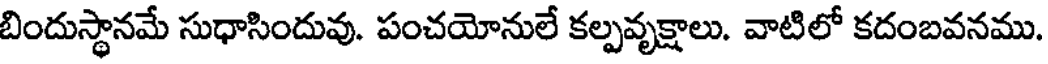
బిందుస్థానమే సుధాసిందువు. పంచయోనులే కల్పవృక్షాలు. వాటిలో కదంబవనము.